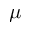
\mu